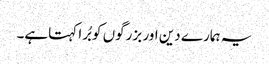
یہ ہمارے دین اور بزرگوں کو بُرا کہتاہے۔